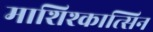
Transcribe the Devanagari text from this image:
माशिश्कात्सिन